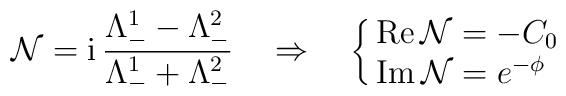
\mathcal{N} = \mbox{i}\,\frac{\Lambda^1_- - \Lambda^2_-}{\Lambda^1_- +  \Lambda^2_-} \quad \Rightarrow \quad \cases{ \mbox{Re} \,  \mathcal{N} = - C_0 \cr  \mbox{Im} \, \mathcal{N} = e^{-\phi}\cr}